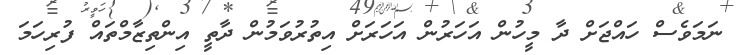
ނަމަވެސް ހައްޖަށް ދާ މީހުން އަހަރުން އަހަރަށް އިތުރުވަމުން ދާތީ އިންތިޒާމްތައް ފުރިހަމަ